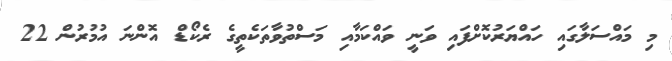
މި މައްސަލާގައި ހައްޔަރުކޮށްފައި ވަނީ ވައްކަމާއި މަސްތުވާތަކެތީގެ ރެކޯޑް އޮންނަ އުމުރުން 22